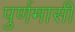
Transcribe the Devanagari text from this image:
पुर्णमासी